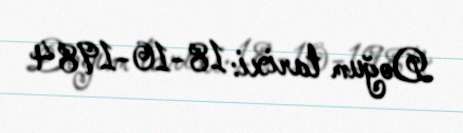
Doğum tarixi: 18-10-1984